Annual statistical returns and brief notes on vaccination in Bengal - 1896-1909
Year: 1896
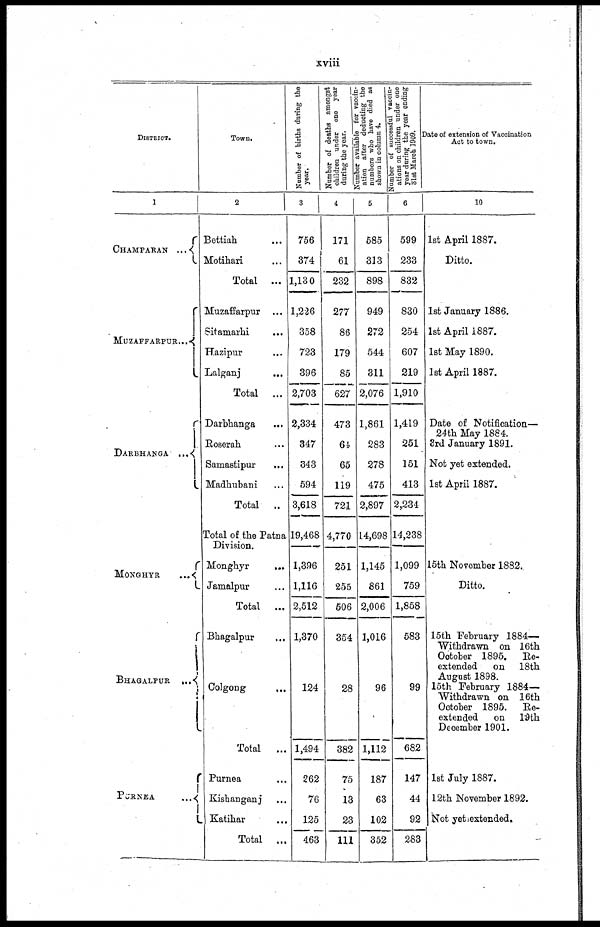
xviii
DISTRICT.
1
CHAMPARAN ...
MUZAFFARPUR...
DARBHANGA...
MONGHYR...
BHAGALPUR...
PORNEA...
...
Town.
2
... ...
Motihari... ...
Total...
Muzaffarpur...
Sitamarhi... ...
Hazipur... ...
Lalganj...
...
Total ...
Darbhanga... ...
Roserah... ...
Samastipur... ...
Madhubani... ...
Total...
Total of the Patna
Division
Monghyr... ...
Jamalpur... ...
Total...
Bhagalpur... ...
Colgong... ...
Total...
Purnea... ...
Kishanganj...
Katihar...
...
Total... ...
Number of births during the
year.
3
756
374
1,130
1,226
358
723
396
2,703
2,334
347
343
594
3,618
19,468
1,396
1,116
2,512
1,370
124
1,494
262
76
125
463
Number of deaths amongst
children under one year
during the year.
4
171
61
232
277
86
179
85
627
473
64
65
119
721
4,770
251
255
506
354
28
382
75
13
23
111
Number available for vaccin-
ation after deducting the
numbers who have died as
shown in column 4.
5
585
313
898
949
272
544
311
2,076
1,861
283
278
475
2,897
14,698
1,145
861
2,006
1,016
96
1,112
187
63
102
352
Number of successful vaccin-
ations on children under one
year during the year ending
31st March 1909.
6
599
233
832
830
254
607
219
1,910
1,419
251
151
413
2,234
14,238
1,099
759
1,858
583
99
682
147
44
92
283
Date of extension of Vaccination
Act to town.
10
1st April 1887.
Ditto.
1st January 1886.
1st April 1887.
1st May 1890.
1st April 1887.
Date of Notification—
24th May 1884.
3rd January 1891.
Not yet extended.
1st April 1887.
15th November 1882.
Ditto.
15th February 1884—
Withdrawn on 16th
October 1895. Re-
extended
on 18th
August 1898.
15th February 1884—
Withdrawn on 16th
October 1895. Re-
extended
on 19th
December 1901.
1st July 1887.
12th November 1892.
Not yet extended.